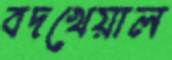
বদখেয়াল